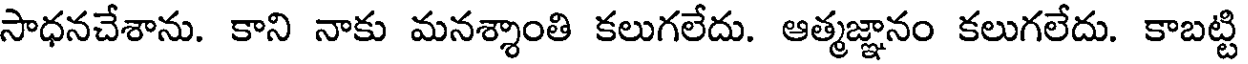
సాధనచేశాను. కాని నాకు మనశ్శాంతి కలుగలేదు. ఆత్మజ్ఞానం కలుగలేదు. కాబట్టి